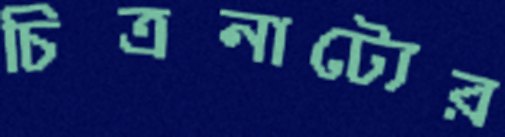
চিত্রনাট্যের